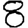
Digit: 8